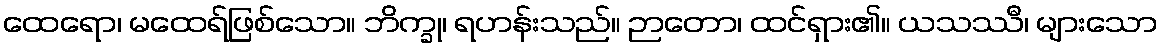
ထေရော၊ မထေရ်ဖြစ်သော။ ဘိက္ခု၊ ရဟန်းသည်။ ဉာတော၊ ထင်ရှား၏။ ယသဿီ၊ များသော